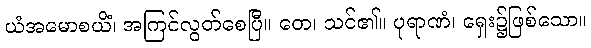
ယံအမောစယိံ၊ အကြင်လွတ်စေပြီ။ တေ၊ သင်၏။ ပုရာဏံ၊ ရှေး၌ဖြစ်သော။